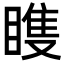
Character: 𬑠